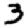
Digit: 3